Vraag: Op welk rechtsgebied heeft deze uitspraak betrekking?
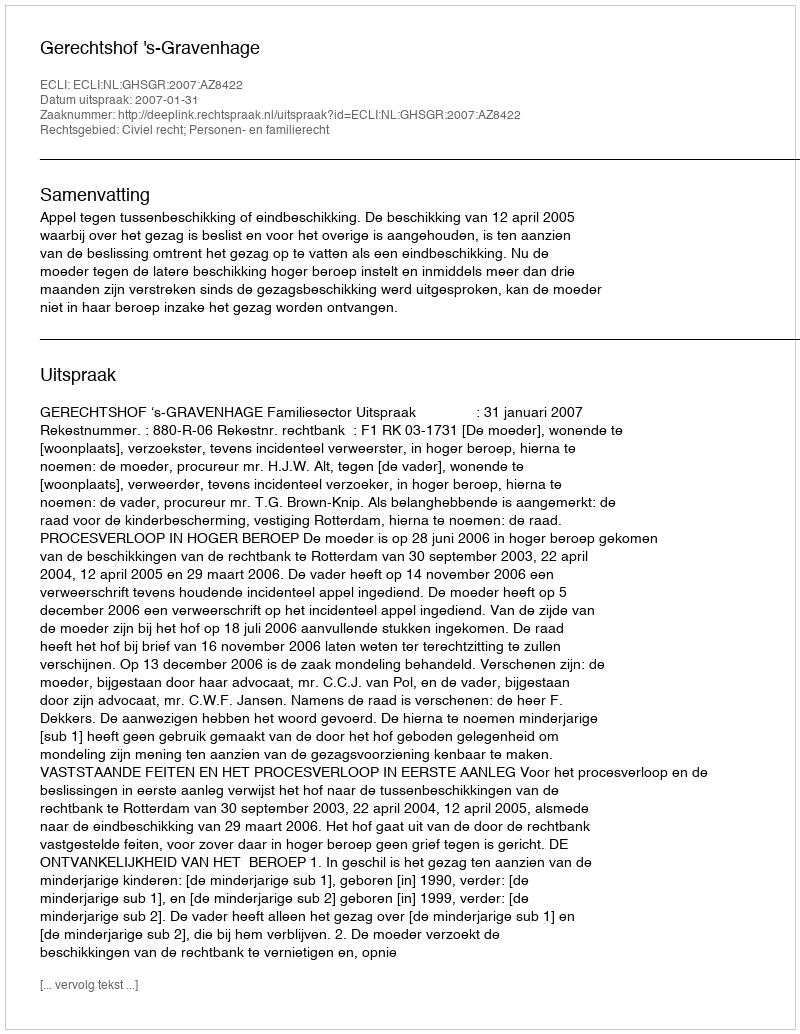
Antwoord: Civiel recht; Personen- en familierecht